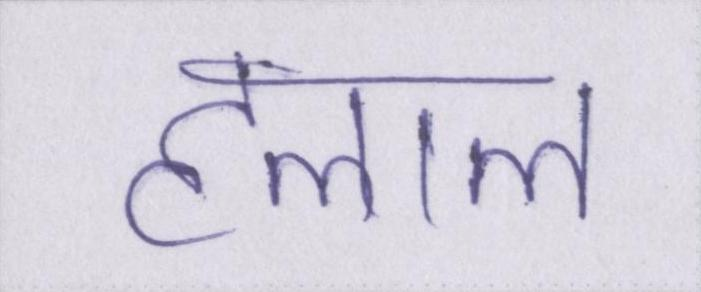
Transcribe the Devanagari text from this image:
हलाल